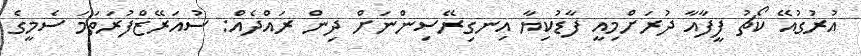
އުރުގުއޭ ކޯޗު ފީފާއާ ދުރަށްމިއީ ފާޑުކިޔާ އިނގިރޭސިންނަށް ދިން ރައްދެއް: ސުއަރޭޒްފުރަތަމަ ސެމީގެ